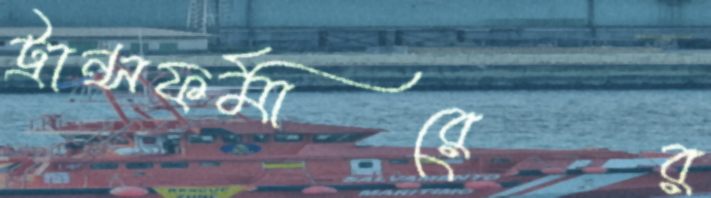
ট্রান্সফর্মারের